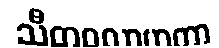
သီတဝလာဟကာ